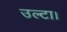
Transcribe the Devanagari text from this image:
उल्टा।